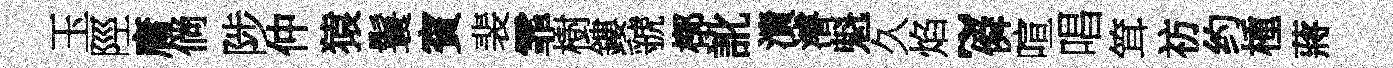
玉陘庸倘陟仲猿鬟賓裴霏樹鏤虢槨訛潰濬魁久焰~僢喧唱䇯祊约㮔蔣